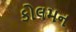
કોલમન